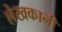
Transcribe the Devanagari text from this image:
लेखकानी